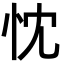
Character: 忱